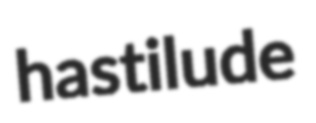
hastilude